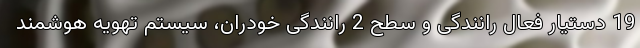
19 دستیار فعال رانندگی و سطح 2 رانندگی خودران، سیستم تهویه هوشمند